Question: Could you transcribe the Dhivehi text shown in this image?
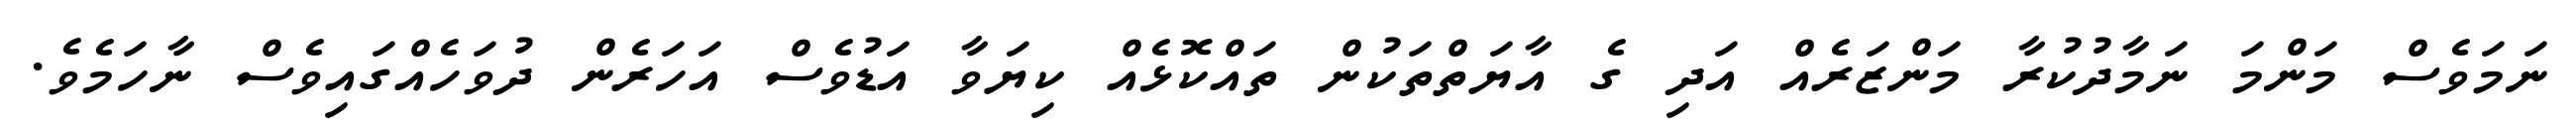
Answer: ނަމަވެސް މަންމަ ނަމާދުކުރާ މަންޒަރެއް އަދި ގެ އާޔަތްތަކުން ތައްކޮޅެއް ކިޔަވާ އަޑުވެސް އަހަރެން ދުވަހެއްގައިވެސް ނާހަމެވެ.